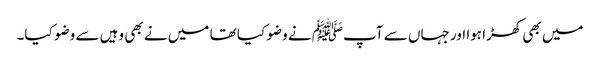
میں بھی کھڑا ہوا اور جہاں سے آپﷺ نے وضو کیا تھا میں نے بھی وہیں سے وضو کیا۔